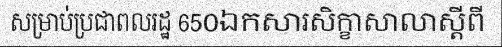
សម្រាប់ប្រជាពលរដ្ឋ 650ឯកសារសិក្ខាសាលាស្តីពី